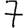
Digit: 7